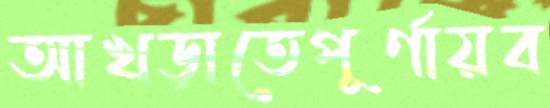
আখড়াতেপূর্ণায়ব